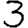
Digit: 3